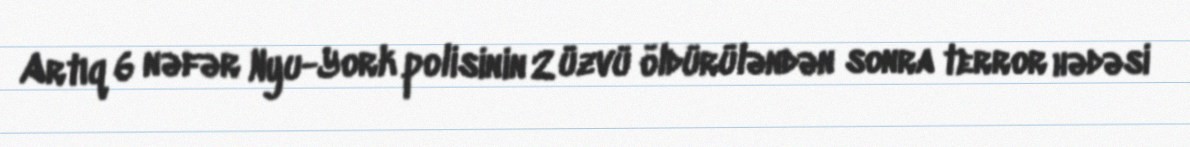
Artıq 6 nəfər Nyu-York polisinin 2 üzvü öldürüləndən sonra terror hədəsi